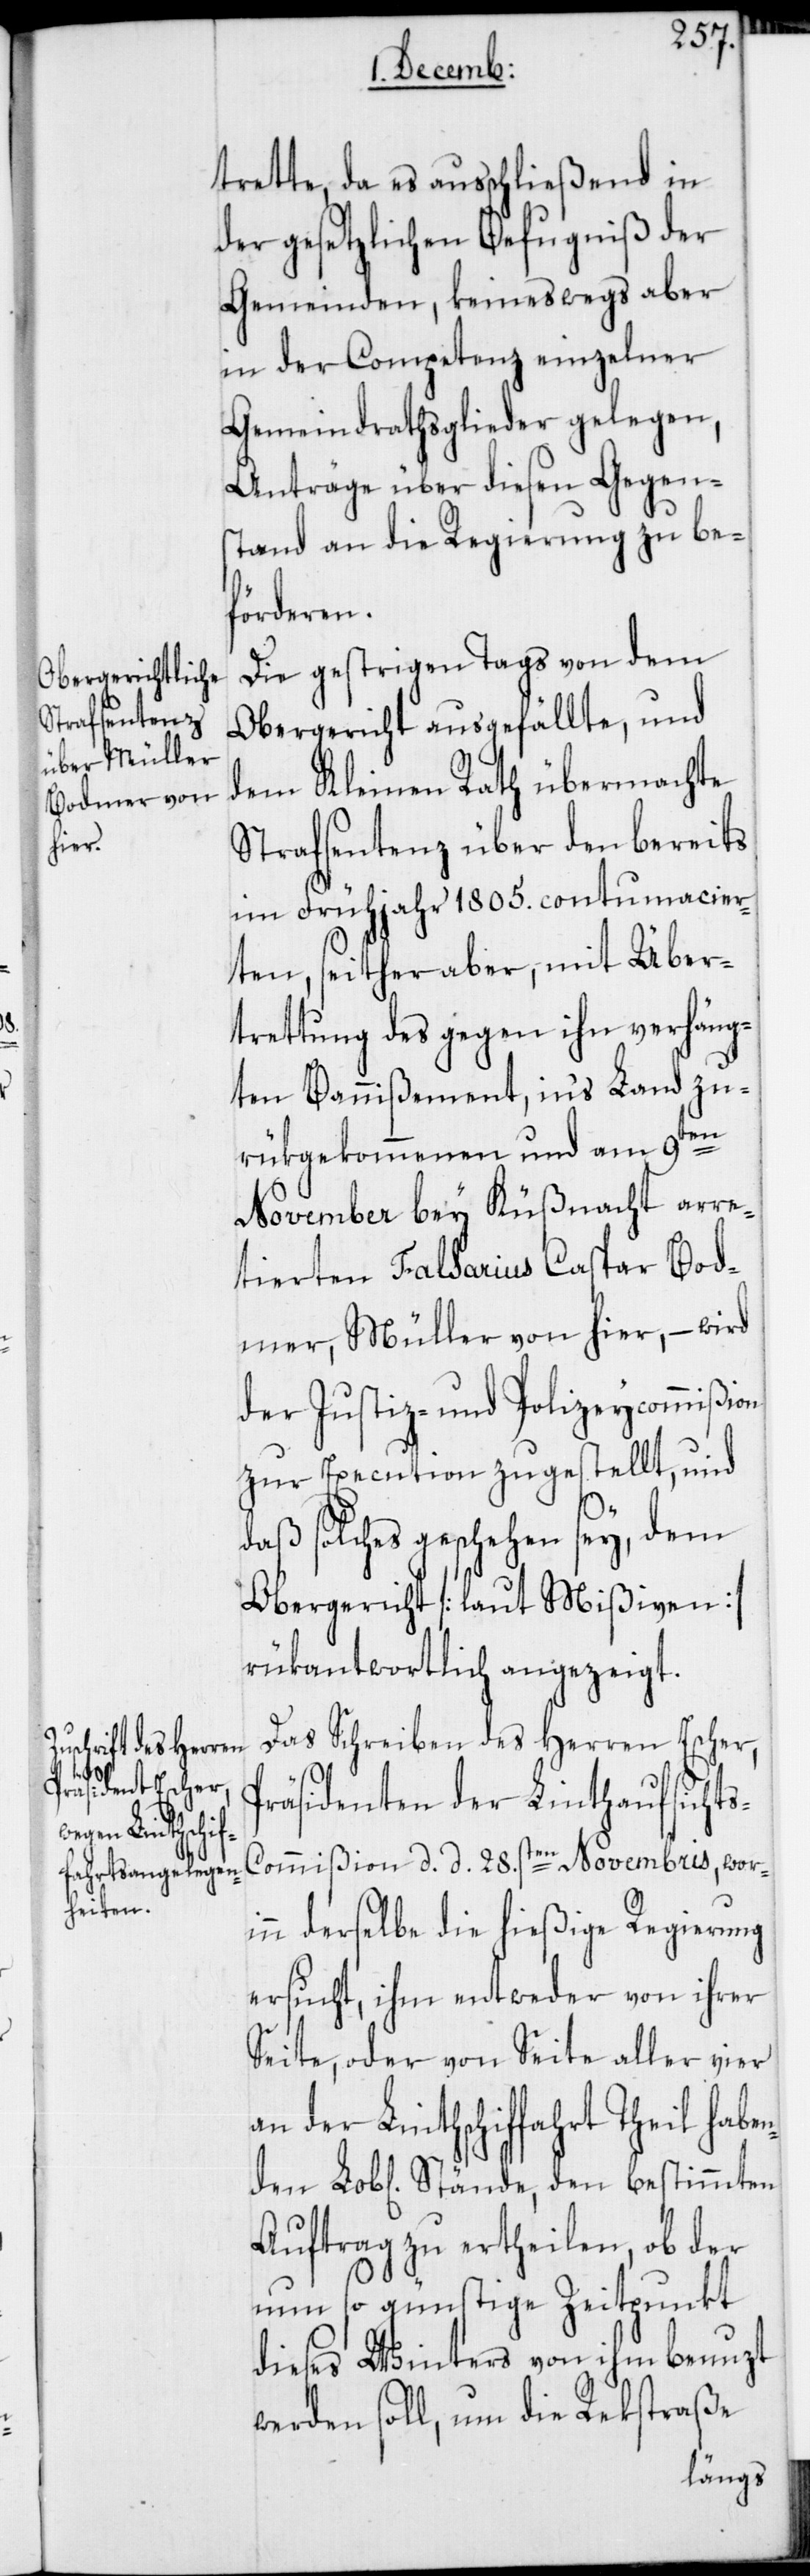
enden
Lob[lich¬

trette, da es ausschließend in
der gesetzlichen Befugniß der
Gemeinden, keineswegs aber
in der Competenz einzelner
Gemeindrathsglieder gelegen,
Anträge über diesen Gegen¬
stand an die Regierung zu be¬
förderen.
Die gestrigen Tags von dem
Obergericht ausgefällte, und
dem Kleinen Rath übermachte
Strafsentenz über den bereits
im Frühjahr 1805. contumacier¬
ten, seither aber, mit Über¬
trettung des gegen ihn verhäng¬
ten Bannißement, in's Land zu¬
rükgekommenen und am 9ten
November bey Küßnacht arre¬
tierten Falsarius Caspar Bod¬
mer, Müller von hier, – wird
der Justiz- und Polizeycommißion
zur Execution zugestellt, und
daß solches geschehen sey, dem
Obergericht [laut Mißiven]
rükantwortlich angezeigt.
Das Schreiben des Herren Escher,
Präsidenten der Linthaufsicht¬
ommißion, d. d. 28sten Novembris, wori¬
nn derselbe die hießige Regierung
ersucht, ihm entweder von ihrer
Seite, oder von Seite aller vier
der Linthschiffahrt Theil hab¬
en] Stände, den bestimmten
Auftrag zu ertheilen, ob der
nun so günstige Zeitpunkt
dieses Winters von ihm benuzt
werden soll, um die Rekstraße